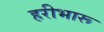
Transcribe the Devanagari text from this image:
हरीभारू